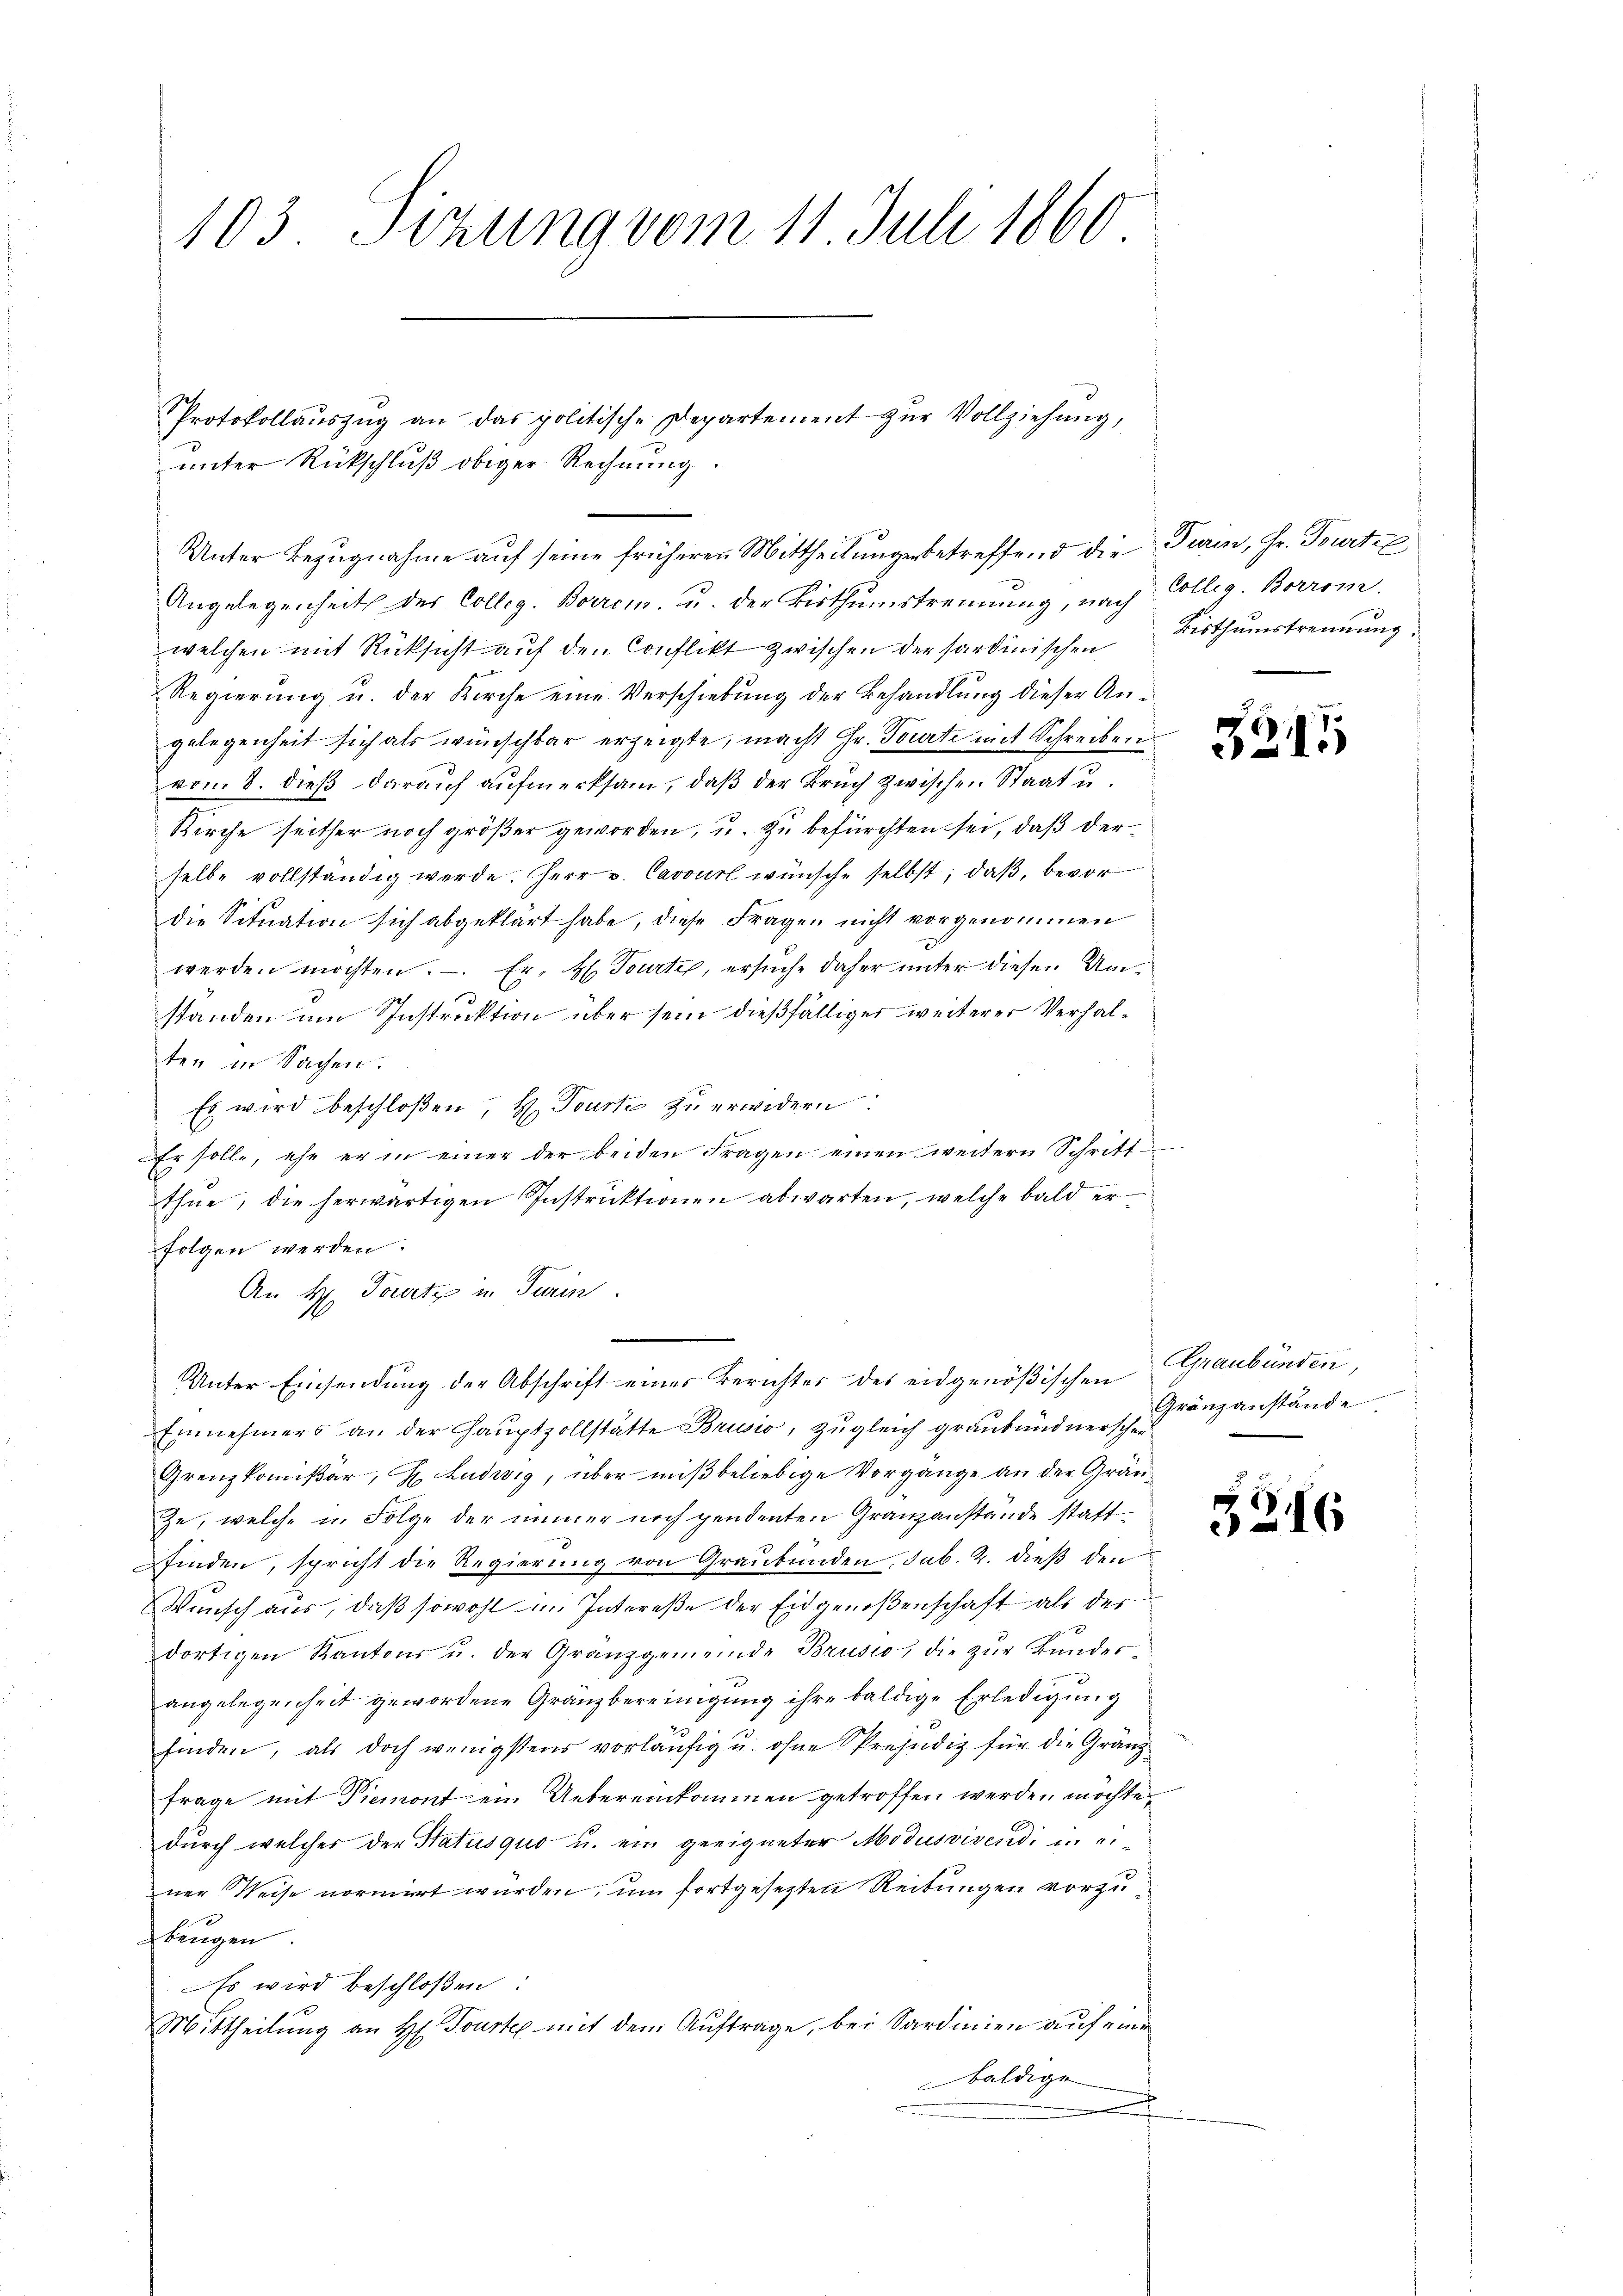
103. Tizung vom 11. Juli 1860

unter Rückschluß obiger Rechnung.
Unter Bezugnahme auf seine früheren Mittheilungen betreffend die Turin, Hr. Tourtil
Angelegenheit des Colleg. Borrcm. u. der Wirthumstrennung, nach
welchen mit Rücksicht auf den Conflikt zwischen der sardinischen
Regierung u. der Kirche eine Verschiebung der Behandlung dieser Angelegenheit sich als wünschbar erzeigte, macht Hr. Tourti mit Schreiben.
vom 8. dieß darauf aufmerksam, daß der Bruch zwischen Staat u.
Kirche seither noch größer geworden, u. zu befürchten sei, daß derselbe vollständig werde. Herr v. Cavourl wünsche selbst, daß, bevor
die Situation sich abgeklärt habe, diese Fragen nicht vorgenommen
werden möchten. Er, H. Tourtie, ersuche daher unter diesen Umstanden um Instruktion über sein dießfälliger weiterer Verhalten in Sachen.
Es wird beschloßen, H. Tourte zu erwidern
Er solle, ehe er in einer der beiden Fragen einen weitern Schritt
thue, die herwärtigen Instruktionen abwarten, welche bald erfolgen werden.
An H. Tourtz in Turin
Unter Einsendung der Abschrift einer Berichter des eidgenößischen Graubünden,
Einnehmers an der Hauptzollstätte Brusio, zugleich graubündnerschei¬
Grenzkommißar, H. Ludwig, über mißbeliebige Vorgange an der Gränze, welche u. Folge der immer noch pendenten Granzanstände stattpfinden, spricht die Regierung von Graubünden, sub. 2. dieß den
Wunsch aus, daß sowohl im Intereße der Eidgenoßenschaft als der
dortigen Kantons u. der Granzgemeinde Brusio, die zŭr Bŭndes-
angelegenheit gewordene Granzbereinigung ihre baldige Erledigung
finden, als doch wenigstens vorläŭfig u. ohne Prejudiz für die Gränzfrage mit Piemont ein Uebereinkommen getroffen werden möchte
durch welches der Statusquo u. ein geeigneter Modusvivendi in einer Weise normirt wurden, um fortgesetzten Reibungen vorzubeugen
Es wird beschloßen:
Mittheilung an H. Tourte mit dem Auftrage, bei Sardinien auf eine
baldige
f

Protokollauszug an das politische Departement zur Vollziehung,

Colleg. Borrom.
Bisthumstrennung.

32.

1

Gränzanstände.

5216